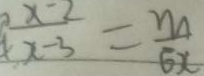
\frac { x - 2 } { x - 3 } = \frac { m } { 6 x }